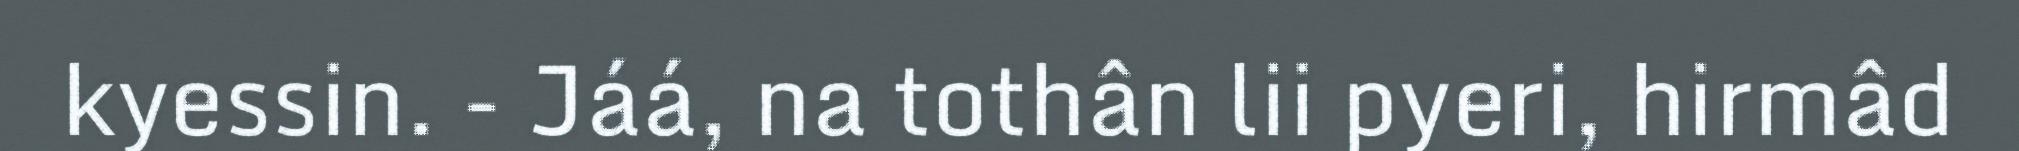
kyessin. - Jáá, na tothân lii pyeri, hirmâd